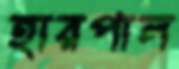
হারপাল